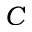
C